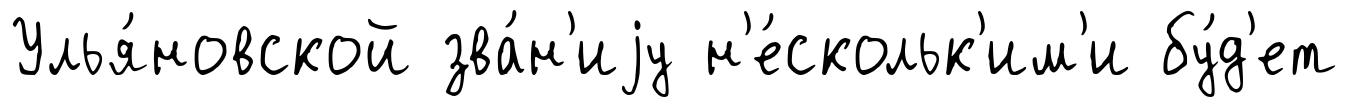
Улья́новской зва́н'иjу н'е́скольк'им'и бу́д'ет